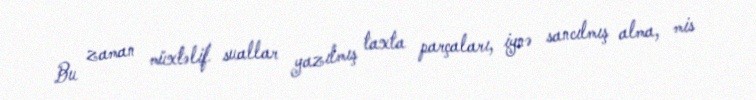
Bu zaman müxtəlif suallar yazılmış taxta parçaları, iynə sancılmış alma, mis